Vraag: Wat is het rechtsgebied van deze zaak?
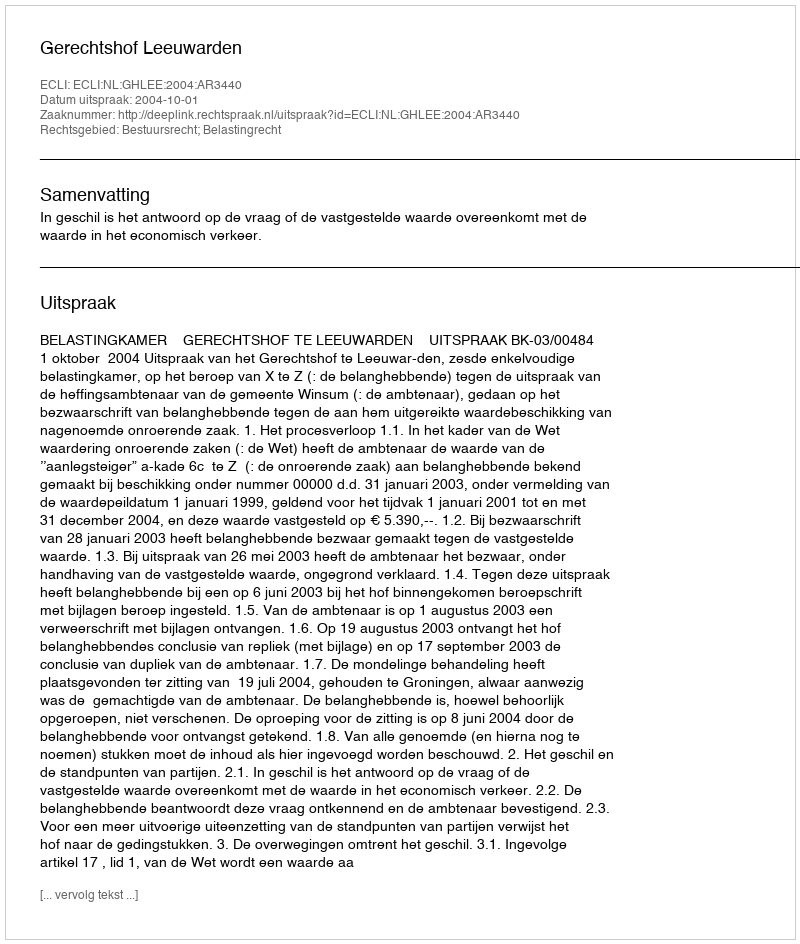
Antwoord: Bestuursrecht; Belastingrecht